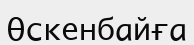
Өскенбайға